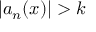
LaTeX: | a _ { n } ( x ) | > k